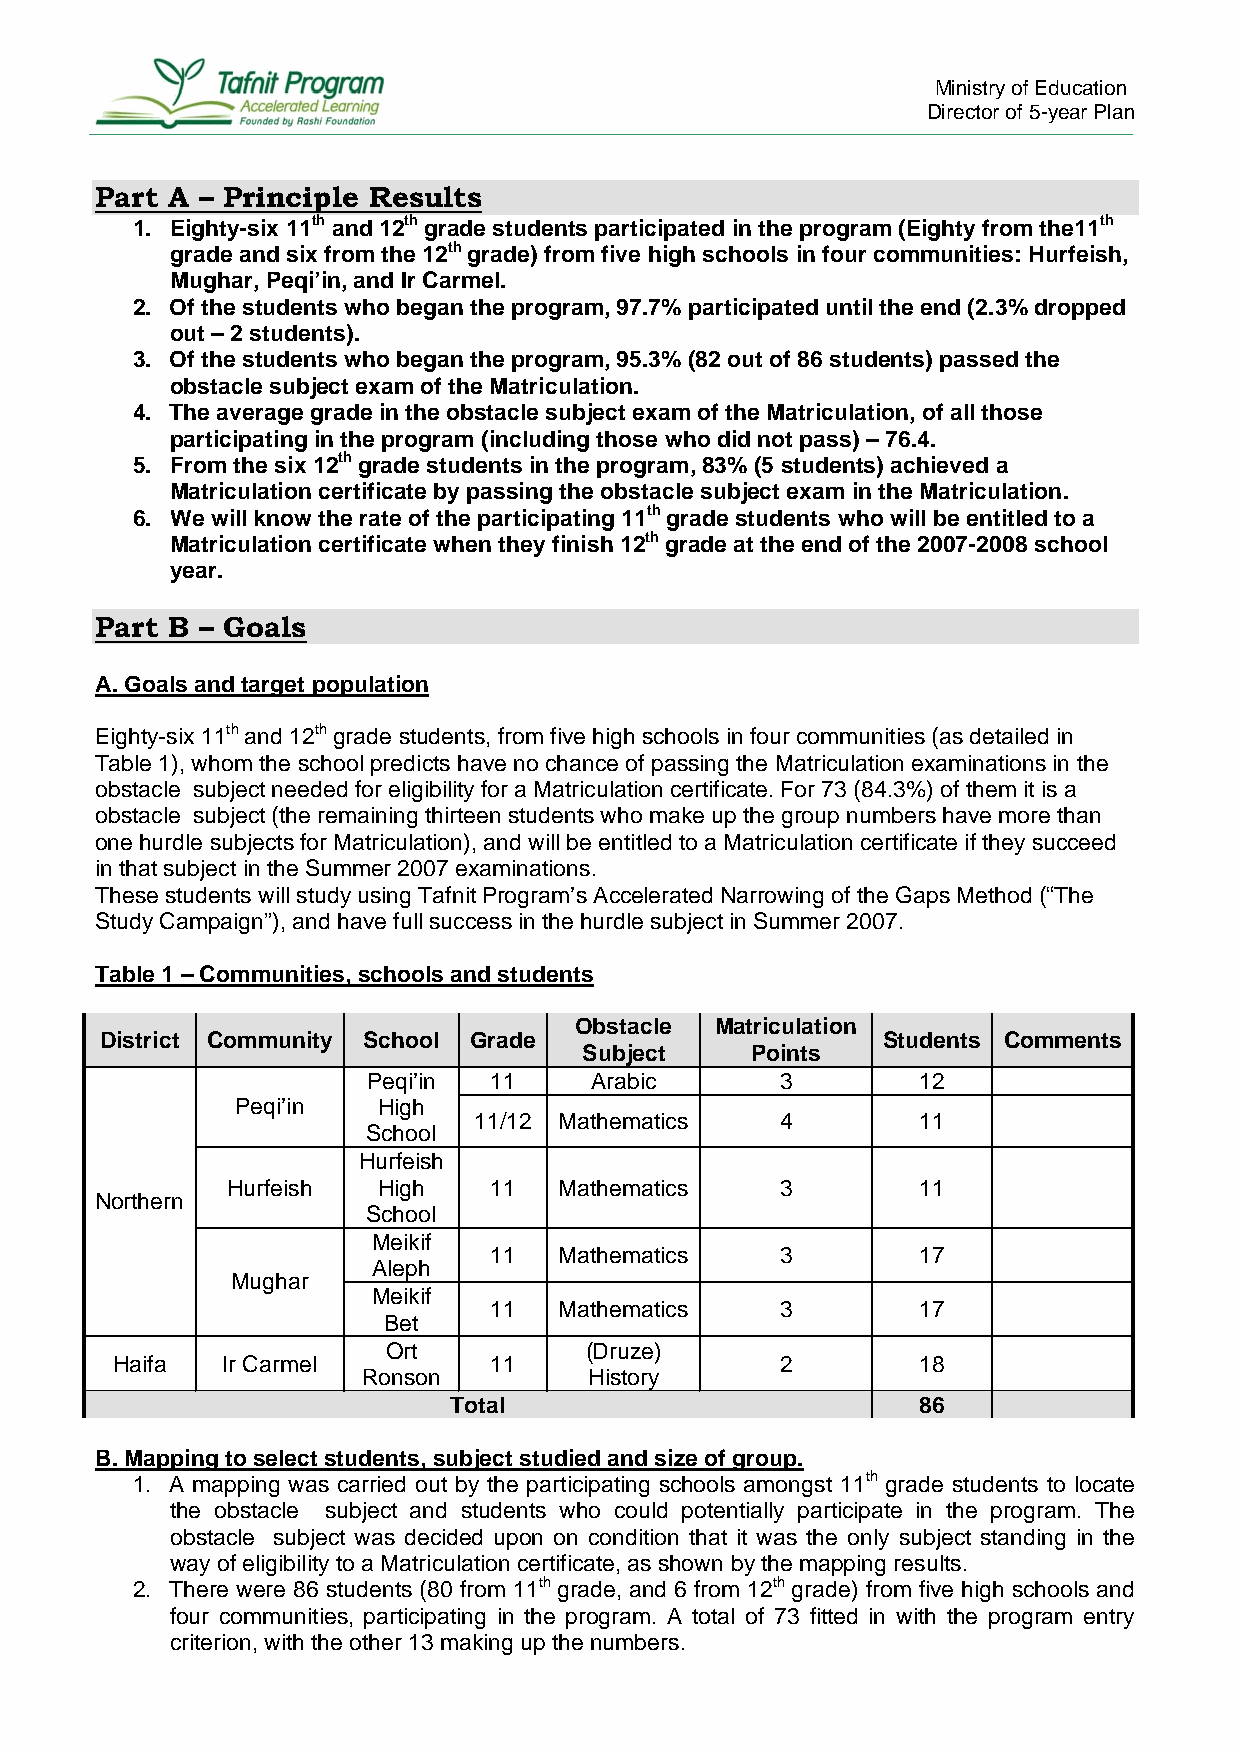
Ministry of Education
 Director of 5-year Plan
 Part A – Principle Results
 1. Eighty-six 11th and 12th grade students participated in the program (Eighty from the11th
 grade and six from the 12th grade) from five high schools in four communities: Hurfeish,
 Mughar, Peqi’in, and Ir Carmel.
 2. Of the students who began the program, 97.7% participated until the end (2.3% dropped
 out – 2 students).
 3. Of the students who began the program, 95.3% (82 out of 86 students) passed the
 obstacle subject exam of the Matriculation.
 4. The average grade in the obstacle subject exam of the Matriculation, of all those
 participating in the program (including those who did not pass) – 76.4.
 5. From the six 12th grade students in the program, 83% (5 students) achieved a
 Matriculation certificate by passing the obstacle subject exam in the Matriculation.
 6. We will know the rate of the participating 11th grade students who will be entitled to a
 Matriculation certificate when they finish 12th grade at the end of the 2007-2008 school
 year.
 Part B – Goals
 A. Goals and target population
 Eighty-six 11th and 12th grade students, from five high schools in four communities (as detailed in
 Table 1), whom the school predicts have no chance of passing the Matriculation examinations in the
 obstacle subject needed for eligibility for a Matriculation certificate. For 73 (84.3%) of them it is a
 obstacle subject (the remaining thirteen students who make up the group numbers have more than
 one hurdle subjects for Matriculation), and will be entitled to a Matriculation certificate if they succeed
 in that subject in the Summer 2007 examinations.
 These students will study using Tafnit Program’s Accelerated Narrowing of the Gaps Method (“The
 Study Campaign”), and have full success in the hurdle subject in Summer 2007.
 Table 1 – Communities, schools and students
 Obstacle Matriculation
 District Community School Grade                    Students Comments
 Subject    Points
 Peqi’in 11     Arabic       3        12
 Peqi’in  High
 11/12 Mathematics    4        11
 School
 Hurfeish
 Hurfeish  High   11   Mathematics    3        11
 Northern
 School
 Meikif
 11   Mathematics    3        17
 Aleph
 Mughar
 Meikif
 11   Mathematics    3        17
 Bet
 Ort          (Druze)
 Haifa   Ir Carmel        11                  2        18
 Ronson         History
 Total                          86
 B. Mapping to select students, subject studied and size of group.
 1. A mapping was carried out by the participating schools amongst 11th grade students to locate
 the obstacle subject and students who could potentially participate in the program. The
 obstacle subject was decided upon on condition that it was the only subject standing in the
 way of eligibility to a Matriculation certificate, as shown by the mapping results.
 2. There were 86 students (80 from 11th grade, and 6 from 12th grade) from five high schools and
 four communities, participating in the program. A total of 73 fitted in with the program entry
 criterion, with the other 13 making up the numbers.